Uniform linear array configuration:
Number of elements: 12
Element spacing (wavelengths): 0.25
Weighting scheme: binomial
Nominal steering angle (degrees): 45
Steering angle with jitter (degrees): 44.451
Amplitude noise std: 0.05
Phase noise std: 0.05

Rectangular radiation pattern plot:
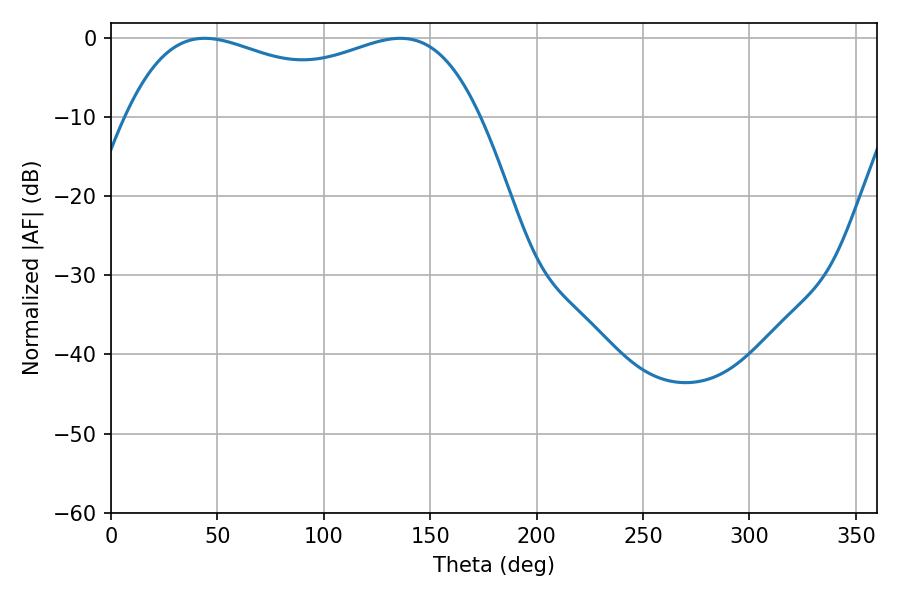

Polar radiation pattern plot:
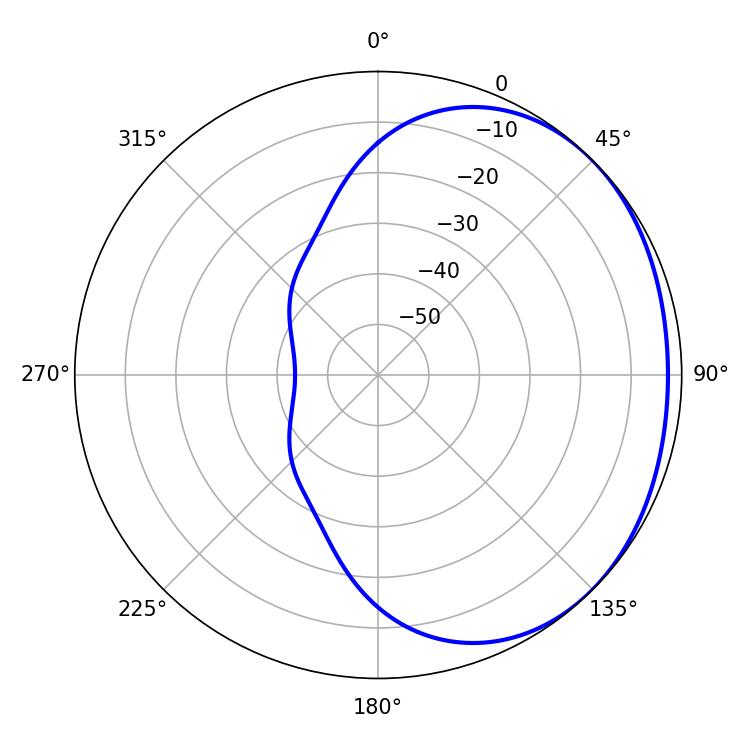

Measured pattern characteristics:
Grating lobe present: FALSE
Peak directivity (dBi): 1.451
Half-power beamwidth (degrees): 136.08
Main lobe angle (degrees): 44.1